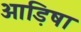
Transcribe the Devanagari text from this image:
आड़िषा